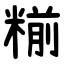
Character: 糋